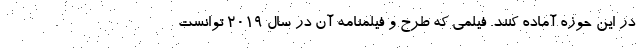
در این حوزه آماده کنند. فیلمی که طرح و فیلمنامه آن در سال ۲۰۱۹ توانست